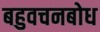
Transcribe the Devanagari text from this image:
बहुवचनबोध